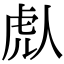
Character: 䖋